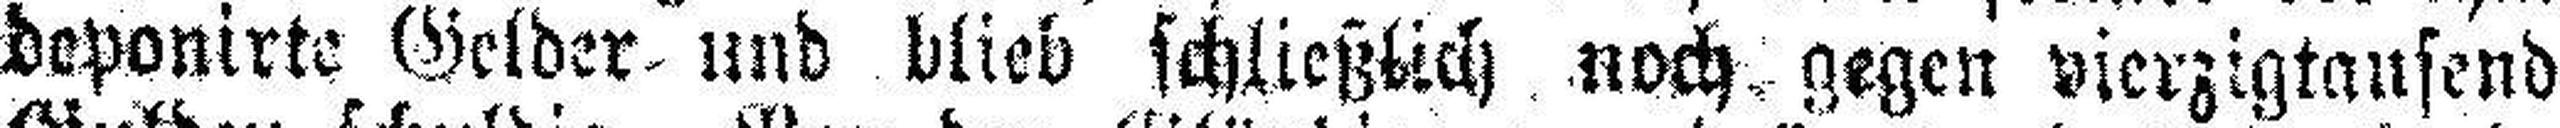
deponirte Gelder und blieb schließlich noch gegen vierzigtausend